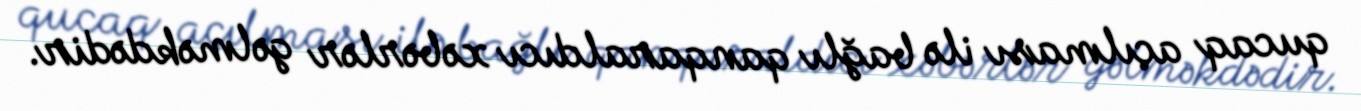
qucaq açılması ilə bağlı qanqaraldıcı xəbərlər gəlməkdədir.